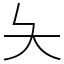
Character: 夨